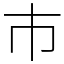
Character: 巿